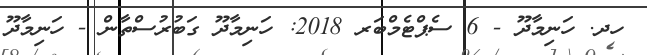
ހދ. ހަނިމާދޫ - 6 ސެޕްޓެމްބަރ 2018: ހަނިމާދޫ ގަބުރުސްތާން - ހަނިމާދޫ